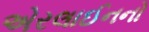
એરલાઈનનો